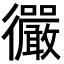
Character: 𫹪